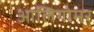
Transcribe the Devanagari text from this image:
आलिगोमर